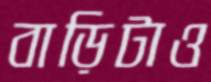
বাড়িটাও